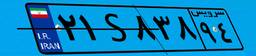
۲۱S۸۳۸۹۴